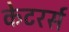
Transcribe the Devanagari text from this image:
केटरर्स